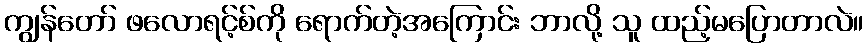
ကျွန်တော် ဖလောရင့်စ်ကို ရောက်တဲ့အကြောင်း ဘာလို့ သူ ထည့်မပြောတာလဲ။